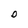
Character: O